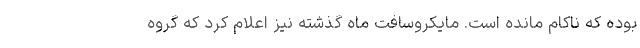
بوده که ناکام مانده است. مایکروسافت ماه گذشته نیز اعلام کرد که گروه